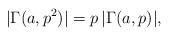
LaTeX: \begin{align*} |\Gamma(a,p^2)| = p\,|\Gamma(a,p)|,\end{align*}